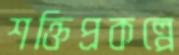
শক্তিপ্রকল্পে